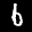
Label: 6